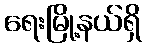
ရေးမြို့နယ်ရှိ